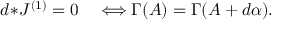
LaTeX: d \! \ast \! { \cal J } ^ { ( 1 ) } = 0 \quad \Longleftrightarrow \Gamma ( A ) = \Gamma ( A + d \alpha ) .